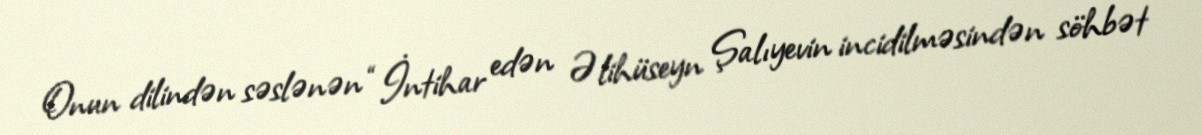
Onun dilindən səslənən “İntihar edən Əlihüseyn Şalıyevin incidilməsindən söhbət